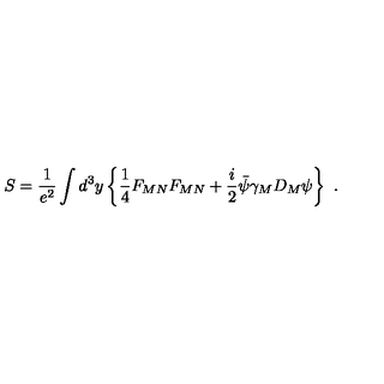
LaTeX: S = \frac { 1 } { e ^ { 2 } } \int d ^ { 3 } y \left\{ \frac { 1 } { 4 } F _ { M N } F _ { M N } + \frac { i } { 2 } \bar { \psi } \gamma _ { M } D _ { M } \psi \right\} \ .